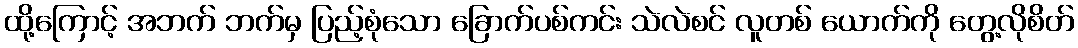
ထို့ကြောင့် အဘက် ဘက်မှ ပြည့်စုံသော ခြောက်ပစ်ကင်း သဲလဲစင် လူတစ် ယောက်ကို တွေ့လိုစိတ်